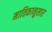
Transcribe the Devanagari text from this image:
मातिकानुसार